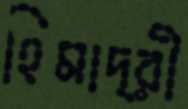
হিমাদ্রী